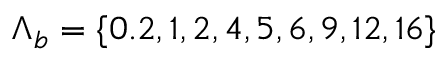
{ \Lambda } _ { b } = \{ 0 . 2 , 1 , 2 , 4 , 5 , 6 , 9 , 1 2 , 1 6 \}